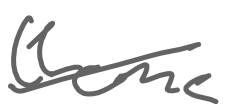
Text: theme
Cross-out: diagonal
Writing tool: digital_gray